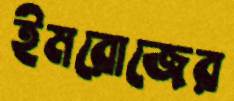
ইমরোজের